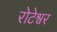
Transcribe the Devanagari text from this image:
रोटेश्वर